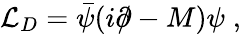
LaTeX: {\cal L}_{D}=\bar{\psi}(i\partial\! \! \! /-M)\psi\; ,